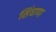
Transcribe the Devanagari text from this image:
सिंघाणा